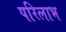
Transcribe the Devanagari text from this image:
परिलाभ